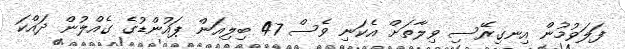
ފަލަވުމުން އިނގިރޭސި ވިލާތަށް އެކަނި ވެސް 47 ބިލިއަން ޕައުންޑުގެ ގެއްލުން ދައްކަ